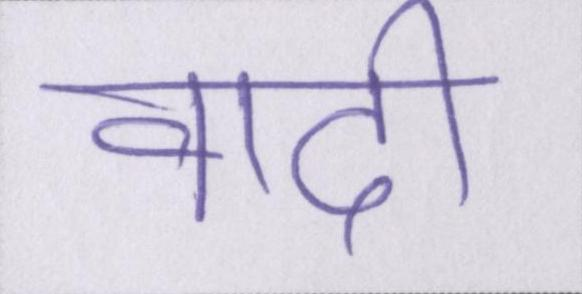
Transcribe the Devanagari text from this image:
वादी